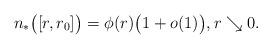
LaTeX: \begin{align*}n_{\ast} \big( [r,r_{0}] \big) = \phi(r) \big( 1 +o(1) \big), r \searrow 0.\end{align*}